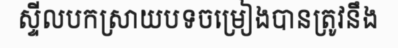
ស្ទីលបកស្រាយបទចម្រៀងបានត្រូវនឹង